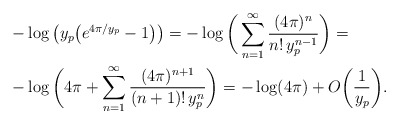
\begin{align*}&-\log\big(y_{p}\big(e^{4\pi\slash y_{p}} -1\big)\big)=-\log\bigg(\sum_{n=1}^{\infty}\frac{(4\pi)^{n}}{n!\,y_{p}^{n-1}}\bigg)=\\&-\log\bigg(4\pi+\sum_{n=1}^{\infty}\frac{(4\pi)^{n+1}}{(n+1)!\,y_{p}^{n}}\bigg)=-\log( 4\pi) + O\bigg(\frac{1}{y_{p}}\bigg).\end{align*}